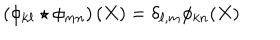
LaTeX: \left( \phi _ { k \ell } \star \phi _ { m n } \right) ( X ) = \delta _ { \ell , m } \phi _ { k n } ( X )